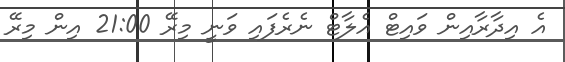
އެ އިދާރާއިން ވައިޓް އެލާޓް ނެރެފައި ވަނީ މިރޭ 21:00 އިން މިރޭ